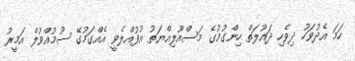
ހަމަ އެދުވަހު ދިވެހި ދައުލަތް ހިންގުމުގެ މަސްއޫލިއްޔަތު އުފުއްލެވީ އެއްގަމުގޭ ސުމުއްވުލް އަމީރު